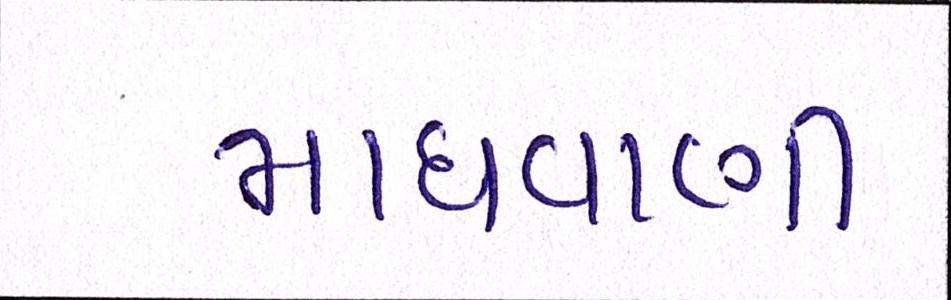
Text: માધવાણી